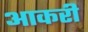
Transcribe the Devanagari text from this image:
आकरी